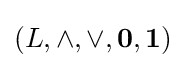
(L,\land ,\lor ,\mathbf {0} ,\mathbf {1} )